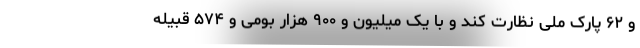
و ۶۲ پارک ملی نظارت کند و با یک میلیون و ۹۰۰ هزار بومی و ۵۷۴ قبیله